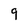
Character: 9